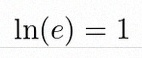
\ln(e)=1